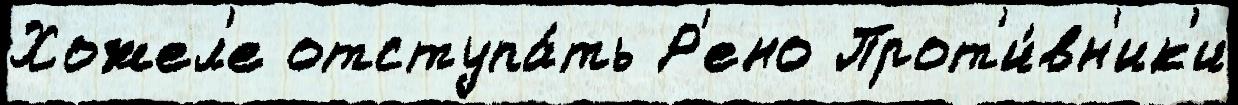
Хожел'е отступа́ть Р'ено Прот'и́вн'ик'и